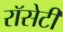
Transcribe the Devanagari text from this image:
रॉसेटी